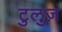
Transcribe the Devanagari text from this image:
टुलुज़